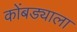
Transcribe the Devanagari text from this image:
कोंबड्याला